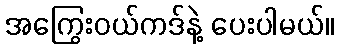
အကြွေးဝယ်ကဒ်နဲ့ ပေးပါမယ်။